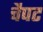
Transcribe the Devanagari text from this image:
चैपट